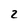
Character: 2